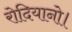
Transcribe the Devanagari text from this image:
रोदियानो।